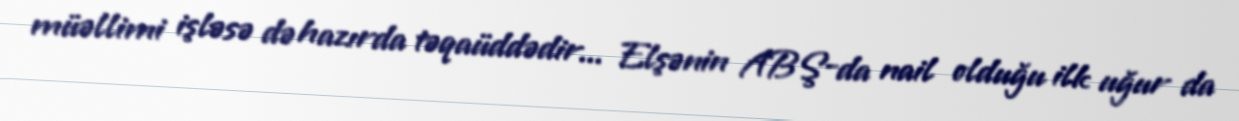
müəllimi işləsə də hazırda təqaüddədir... Elşənin ABŞ-da nail olduğu ilk uğur da